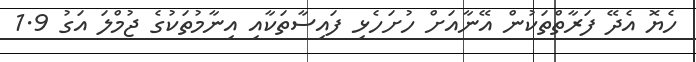
ހެޔޮ އެދޭ ފަރާތްތަކުން އޭނާއަށް ހުށަހެޅި ފައިސާތަކާއި އިނާމުތަކުގެ ޖުމްލަ އަގު 1.9